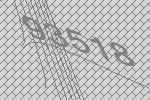
93518